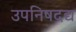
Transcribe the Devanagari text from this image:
उपनिषदद्य